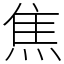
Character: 焦